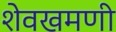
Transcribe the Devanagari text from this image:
शेवखमणी